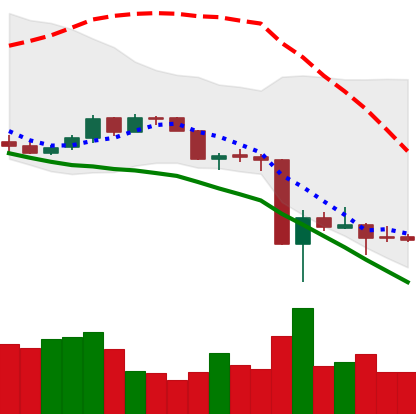
Ticker: DOGE-USD
Chart end date: 2020-03-18
Forward return: 15.262%
Label: up_7plus